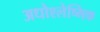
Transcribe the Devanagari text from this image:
अधोश्लेष्मिक